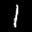
Label: 1